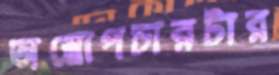
অস্ত্রোপচারটার